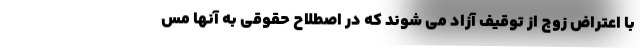
با اعتراض زوج از توقیف آزاد می شوند که در اصطلاح حقوقی به آنها مس